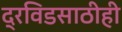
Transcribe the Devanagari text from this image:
द्रविडसाठीही